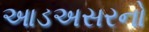
આડઅસરનો